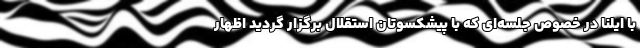
با ایلنا در خصوص جلسه‌ای که با پیشکسوتان استقلال برگزار گردید اظهار